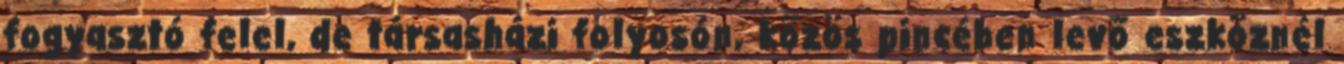
fogyasztó felel, de társasházi folyosón, közös pincében levő eszköznél